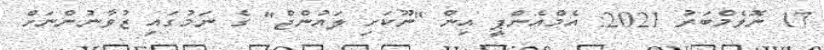
17 ނޮވެމްބަރު 2021: އެމްއެންޕީ އިން "ނޫކަށި ލައުންޖް" ގެ ނަމުގައި ޒުވާނުންނަށް